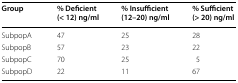
| Group | % Deficient(< 12) ng/ml | % Insufficient(12–20) ng/ml | % Sufficient(> 20) ng/ml |
 | --- | --- | --- | --- |
 | SubpopA | 47 | 25 | 28 |
 | SubpopB | 57 | 23 | 22 |
 | SubpopC | 70 | 25 | 5 |
 | SubpopD | 22 | 11 | 67 |